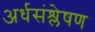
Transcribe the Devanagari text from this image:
अर्धसंश्लेषण